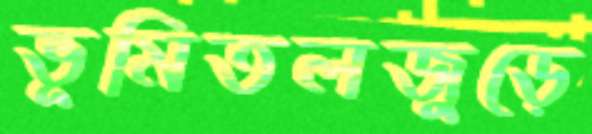
ভূমিতলজুড়ে